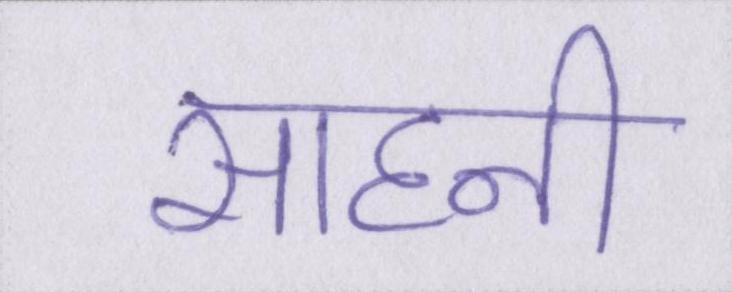
साहनी